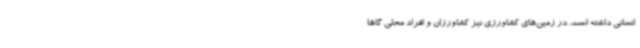
انسانی داشته است. در زمین‌های کشاورزی نیز کشاورزان و افراد محلی گاهاً